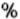
%